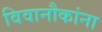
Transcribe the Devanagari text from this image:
विवानौकांना